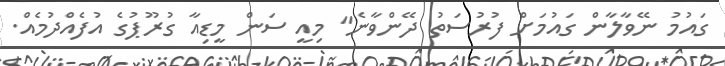
ގައުމު ނޭވާލާން ގައުމަށް ފުރުސަތު ދޭންވާނެ" މިއީ ސަން މީޑިއާ ގުރޫޕުގެ އުފެއްދުމެއް.